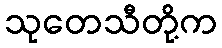
သုတေသီတို့က